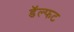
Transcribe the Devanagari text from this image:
डॅल्फट